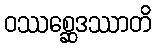
ဝဿစ္ဆေဒဿာတိ